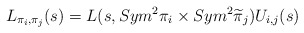
\begin{align*}L_{\pi_i,\pi_j}(s)=L(s,Sym^2\pi_i\times Sym^2\widetilde\pi_j)U_{i,j}(s)\end{align*}